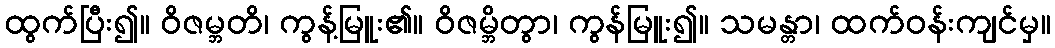
ထွက်ပြီး၍။ ဝိဇမ္ဘတိ၊ ကွန့်မြူး၏။ ဝိဇမ္ဘိတွာ၊ ကွန်မြူး၍။ သမန္တာ၊ ထက်ဝန်းကျင်မှ။